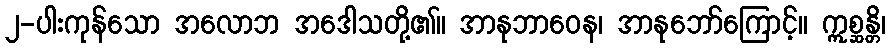
၂-ပါးကုန်သော အလောဘ အဒေါသတို့၏။ အာနုဘာဝေန၊ အာနုဘော်ကြောင့်။ ဣစ္ဆန္တိ၊